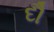
દૌ